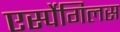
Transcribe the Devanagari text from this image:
एर्स्पेगिलस